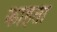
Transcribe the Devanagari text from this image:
काहता